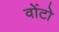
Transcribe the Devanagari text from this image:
वोंटो